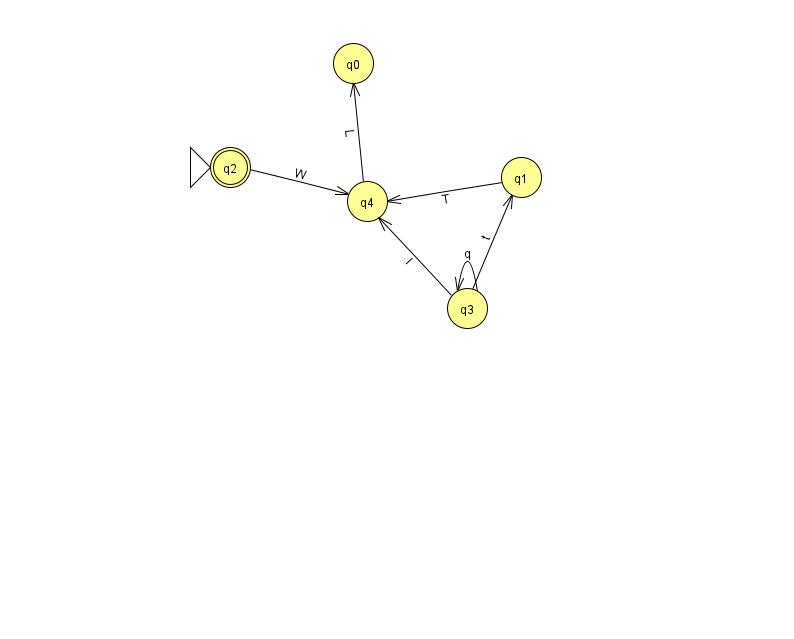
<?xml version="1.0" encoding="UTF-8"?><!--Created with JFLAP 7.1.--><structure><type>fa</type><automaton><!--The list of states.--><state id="0" name="q0"><x>353.0</x><y>50.0</y></state><state id="1" name="q1"><x>521.0</x><y>164.0</y></state><state id="2" name="q2"><x>230.0</x><y>154.0</y><initial/><final/></state><state id="3" name="q3"><x>467.0</x><y>295.0</y></state><state id="4" name="q4"><x>367.0</x><y>188.0</y></state><!--The list of transitions.--><transition><from>1</from><to>4</to><read>T</read></transition><transition><from>3</from><to>3</to><read>q</read></transition><transition><from>4</from><to>0</to><read>L</read></transition><transition><from>3</from><to>4</to><read>I</read></transition><transition><from>2</from><to>4</to><read>W</read></transition><transition><from>3</from><to>1</to><read>t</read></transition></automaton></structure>